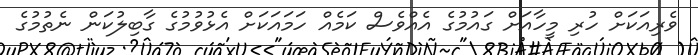
ވެރިއަކަށް ހުރި މީހާއަށް ގައުމުގެ އެއްވެސް ކަމެއް ހަމައަކަށް އެޅުވުމުގެ ގާބިލުކަން ނެތުމުގެ